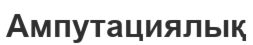
Ампутациялық